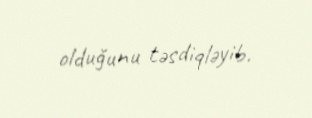
olduğunu təsdiqləyib.